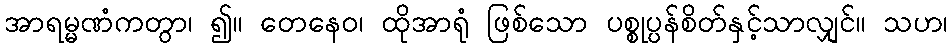
အာရမ္မဏံကတွာ၊ ၍။ တေနေဝ၊ ထိုအာရုံ ဖြစ်သော ပစ္စုပ္ပန်စိတ်နှင့်သာလျှင်။ သဟ၊